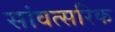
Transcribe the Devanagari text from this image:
सांवत्सरिक